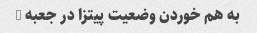
به هم خوردن وضعیت پیتزا در جعبه …